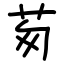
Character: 茐